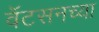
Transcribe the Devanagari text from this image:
वॅटसनच्या